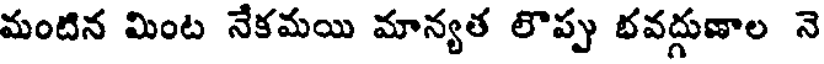
మంటిన మింట నేకమయి మాన్యత లొప్పు భవద్గుణాల నె